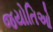
જયોતિઓ